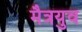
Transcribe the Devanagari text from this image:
मैत्रयुव